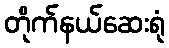
တိုက်နယ်ဆေးရုံ